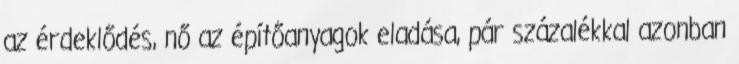
az érdeklődés, nő az építőanyagok eladása, pár százalékkal azonban